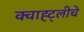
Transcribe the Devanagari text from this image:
क्वाह्ट्लीचे